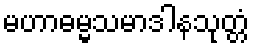
မဟာဓမ္မသမာဒါနသုတ္တံ